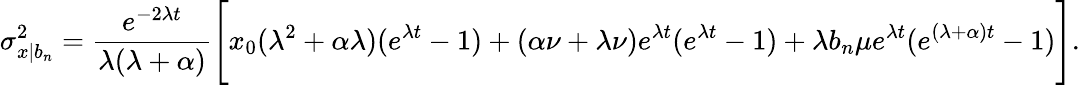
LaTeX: \sigma_{x|b_{n}}^{2}=\frac{e^{-2\lambda t}}{\lambda(\lambda+\alpha)}\Bigg[x_{0}(\lambda^{2}+\alpha\lambda)(e^{\lambda t}-1)+(\alpha\nu+\lambda\nu)e^{\lambda t}(e^{\lambda t}-1)+\lambda b_{n}\mu e^{\lambda t}(e^{(\lambda+\alpha)t}-1)\Bigg].